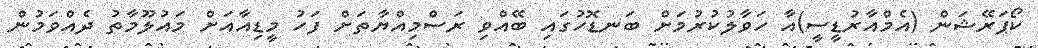
ކޯޕަރޭޝަން (އެމްއާރުޑީސީ)އާ ހަވާލުކުރުމަށް ބަނޑޮހުގައި ބޭއްވި ރަސްމިއްޔާތަށް ފަހު މީޑިއާއަށް މައުލޫމާތު ދެއްވަމުން